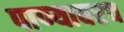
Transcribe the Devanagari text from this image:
पाण्यावरच